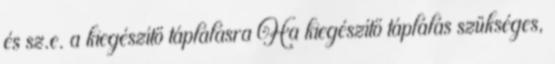
és sz.e. a kiegészítő táplálásra Ha kiegészítő táplálás szükséges,